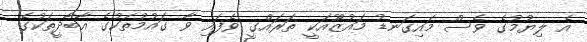
އެ ލިޔުމުގެ ވެސް މައިގަނޑު މައުޒޫއަކީ ތަރައްގީ ވެފައި ވާ ގައުމުތަކުގެ އާބާދީތަކުގެ